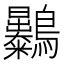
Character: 𪈚